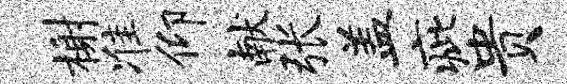
榭准仰献张盖疵贵